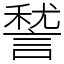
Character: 諬